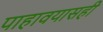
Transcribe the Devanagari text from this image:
पाहावयासही